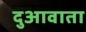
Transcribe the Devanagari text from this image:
दुआवाता